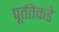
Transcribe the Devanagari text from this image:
पूर्ततेकडे